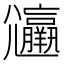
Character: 𡰟